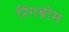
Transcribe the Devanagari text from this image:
रिंगबोम